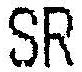
SR